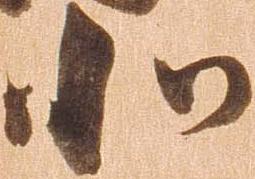
北